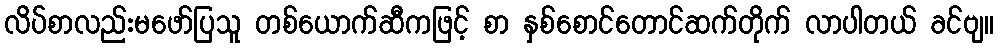
လိပ်စာလည်းမဖော်ပြသူ တစ်ယောက်ဆီကဖြင့် စာ နှစ်စောင်တောင်ဆက်တိုက် လာပါတယ် ခင်ဗျ။